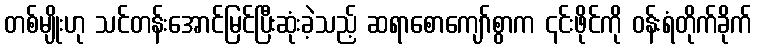
တစ်မျိုးဟု သင်တန်းအောင်မြင်ပြီးဆုံးခဲ့သည့် ဆရာစောကျော်စွာက ၎င်းဖိုင်ကို ဝန်းရံတိုက်ခိုက်